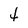
Character: 4